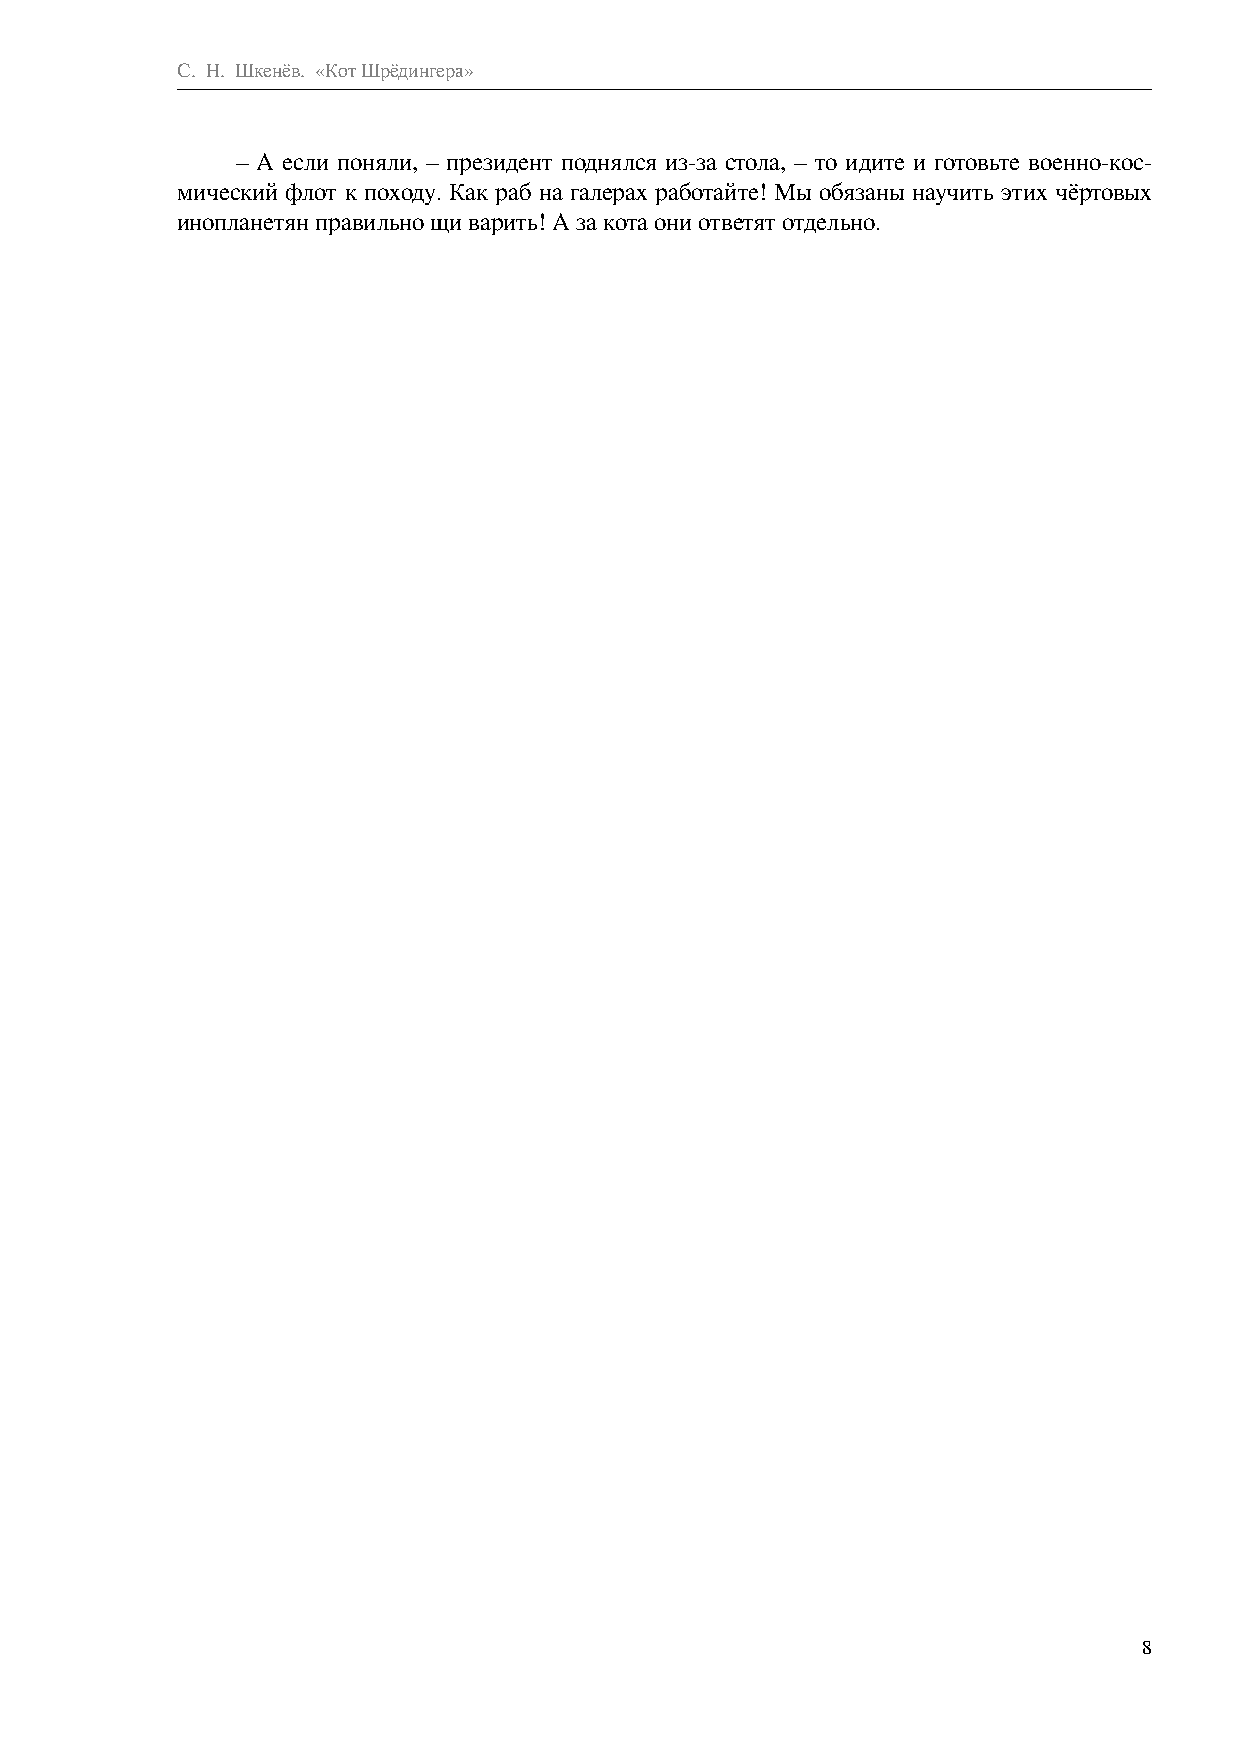
С. Н. Шкенёв. «Кот Шрёдингера»
 – А если поняли, – президент поднялся из-за стола, – то идите и готовьте военно-кос-
 мический флот к походу. Как раб на галерах работайте! Мы обязаны научить этих чёртовых
 инопланетян правильно щи варить! А за кота они ответят отдельно.
 8